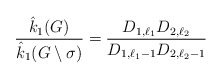
\begin{align*}\dfrac{\hat{k}_1{(G)}}{\hat{k}_1(G\setminus\sigma)}= \dfrac{D_{1,\ell_1}D_{2,\ell_2}}{D_{1,\ell_1-1}D_{2,\ell_2-1}}\end{align*}